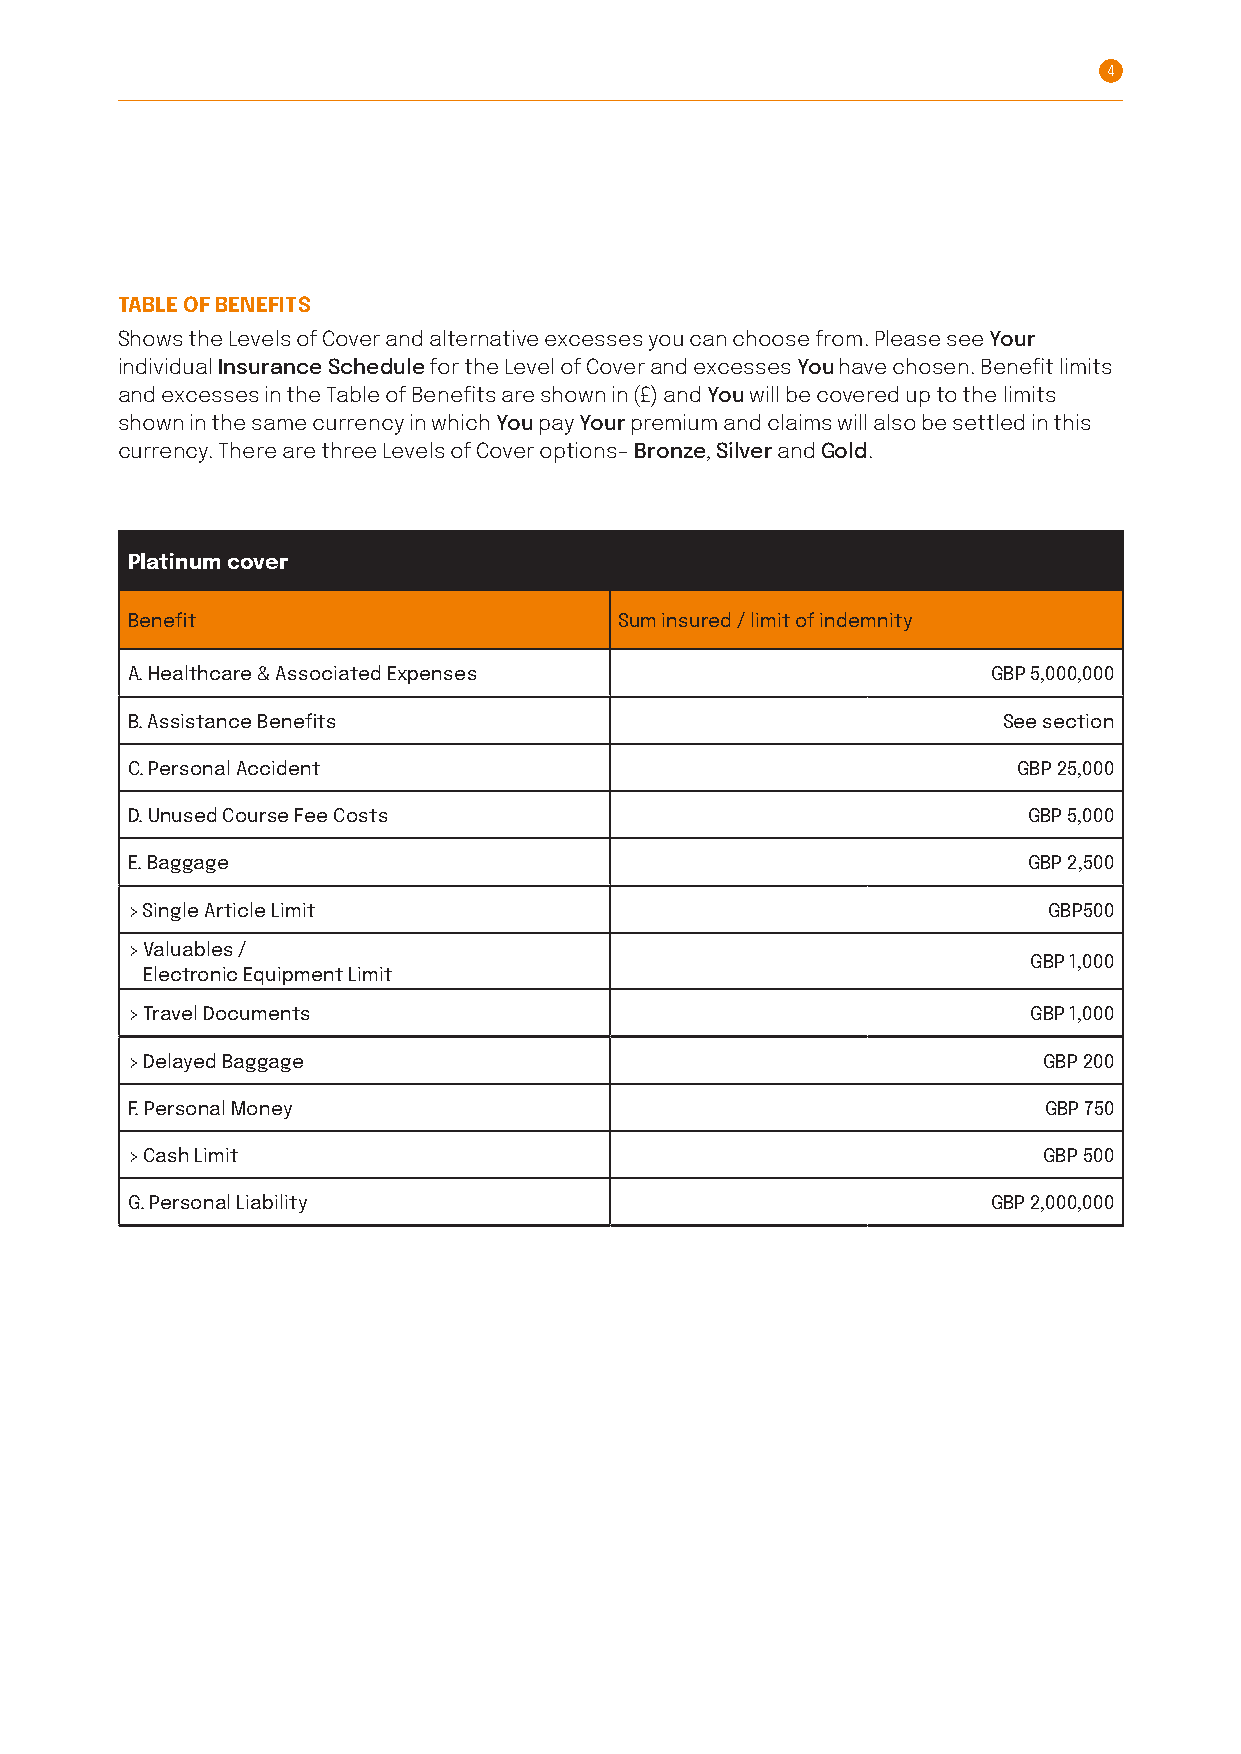
4
 TABLE OF BENEFITS
 Shows the Levels of Cover and alternative excesses you can choose from. Please see Your
 individual Insurance Schedule for the Level of Cover and excesses You have chosen. Benefit limits
 and excesses in the Table of Benefits are shown in (£) and You will be covered up to the limits
 shown in the same currency in which You pay Your premium and claims will also be settled in this
 currency. There are three Levels of Cover options– Bronze, Silver and Gold .
 Platinum cover
 Benefit                          Sum insured / limit of indemnity
 A. Healthcare & Associated Expenses                       GBP 5,000,000
 B. Assistance Benefits                                    See section
 C. Personal Accident                                       GBP 25,000
 D. Unused Course Fee Costs                                  GBP 5,000
 E. Baggage                                                  GBP 2,500
 > Single Article Limit                                       GBP500
 > V aluables /
 GBP 1,000
 Electronic Equipment Limit
 > Travel Documents                                          GBP 1,000
 > Delayed Baggage                                            GBP 200
 F. Personal Money                                            GBP 750
 > Cash Limit                                                 GBP 500
 G. Personal Liability                                     GBP 2,000,000